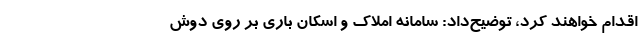
اقدام خواهند کرد، توضیح‌داد: سامانه املاک و اسکان باری بر روی دوش